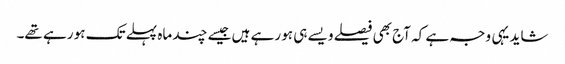
شاید یہی وجہ ہے کہ آج بھی فیصلے ویسے ہی ہو رہے ہیں جیسے چند ماہ پہلے تک ہو رہے تھے۔